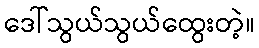
ဒေါ်သွယ်သွယ်ထွေးတဲ့။